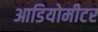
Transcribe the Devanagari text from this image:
आडियोमीटर